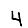
Digit: 4